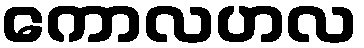
ကောလဟလ